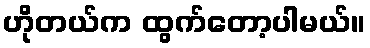
ဟိုတယ်က ထွက်တော့ပါမယ်။